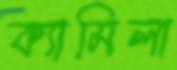
ক্যামিলা